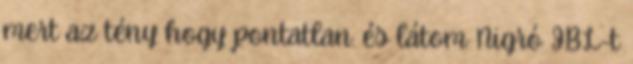
mert az tény hogy pontatlan. és látom Nigró JBL-t